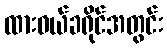
ထားဝယ်ခရိုင်အတွင်း